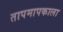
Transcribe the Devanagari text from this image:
तापमापकाला